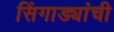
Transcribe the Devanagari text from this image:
सिंगाड्यांची